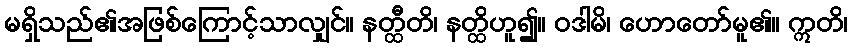
မရှိသည်၏အဖြစ်ကြောင့်သာလျှင်။ နတ္ထီတိ၊ နတ္ထိဟူ၍။ ဝဒါမိ၊ ဟောတော်မူ၏။ ဣတိ၊